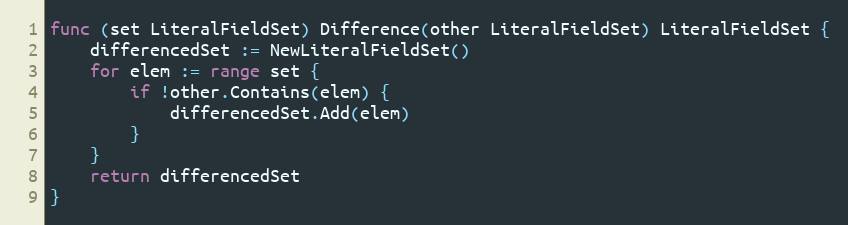
Language: Go
func (set LiteralFieldSet) Difference(other LiteralFieldSet) LiteralFieldSet {
	differencedSet := NewLiteralFieldSet()
	for elem := range set {
		if !other.Contains(elem) {
			differencedSet.Add(elem)
		}
	}
	return differencedSet
}